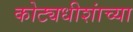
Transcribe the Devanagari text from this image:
कोट्यधीशांच्या